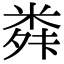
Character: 𮇣